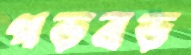
গড়বড়